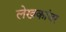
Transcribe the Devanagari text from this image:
लेखकांवर